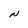
Character: N